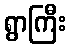
ရွာကြီး